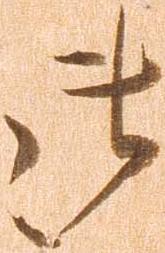
御